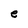
Character: e